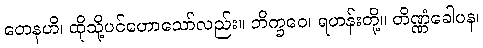
တေနဟိ၊ ထိုသို့ပင်ဟောသော်လည်း။ ဘိက္ခဝေ၊ ရဟန်းတို့။ တိဏ္ဏံခေါပန၊